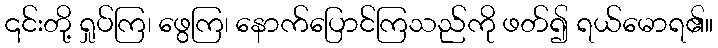
၎င်းတို့ ရှုပ်ကြ၊ ဖွေကြ၊ နောက်ပြောင်ကြသည်ကို ဖတ်၍ ရယ်မောရ၏။